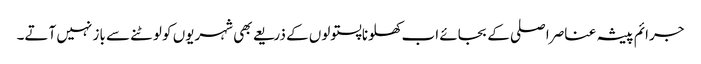
جرائم پیشہ عناصر اصلی کے بجائے اب کھلونا پستولوں کے ذریعے بھی شہریوں کو لوٹنے سے باز نہیں آتے۔